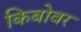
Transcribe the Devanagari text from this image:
किबोवर